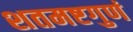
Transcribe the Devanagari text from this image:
शतमष्टगुणं